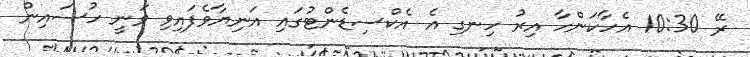
ރޭ 10:30 އެހާކަންހާ އިރު ހިނގި އެ އެކްސިޑެންޓުގައި އަނިޔާވެފައިވި ވަނީ ހުސައިން